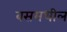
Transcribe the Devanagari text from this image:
बसमधील